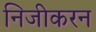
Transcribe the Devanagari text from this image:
निजीकरन